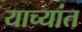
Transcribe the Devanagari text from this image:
याच्यांत